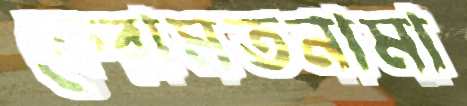
কেরামতনামা